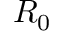
R _ { 0 }